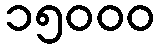
၁၅၀၀၀